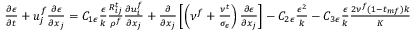
\begin{array} { r } { \frac { \partial \epsilon } { \partial t } + u _ { j } ^ { f } \frac { \partial \epsilon } { \partial x _ { j } } = C _ { 1 \epsilon } \frac { \epsilon } { k } \frac { R _ { i j } ^ { t } } { \rho ^ { f } } \frac { \partial u _ { i } ^ { f } } { \partial x _ { j } } + \frac { \partial } { \partial x _ { j } } \left[ \left( \nu ^ { f } + \frac { \nu ^ { t } } { \sigma _ { \epsilon } } \right) \frac { \partial \epsilon } { \partial x _ { j } } \right] - C _ { 2 \epsilon } \frac { \epsilon ^ { 2 } } { k } - C _ { 3 \epsilon } \frac { \epsilon } { k } \frac { 2 \nu ^ { f } ( 1 - t _ { m f } ) k } { K } } \end{array}